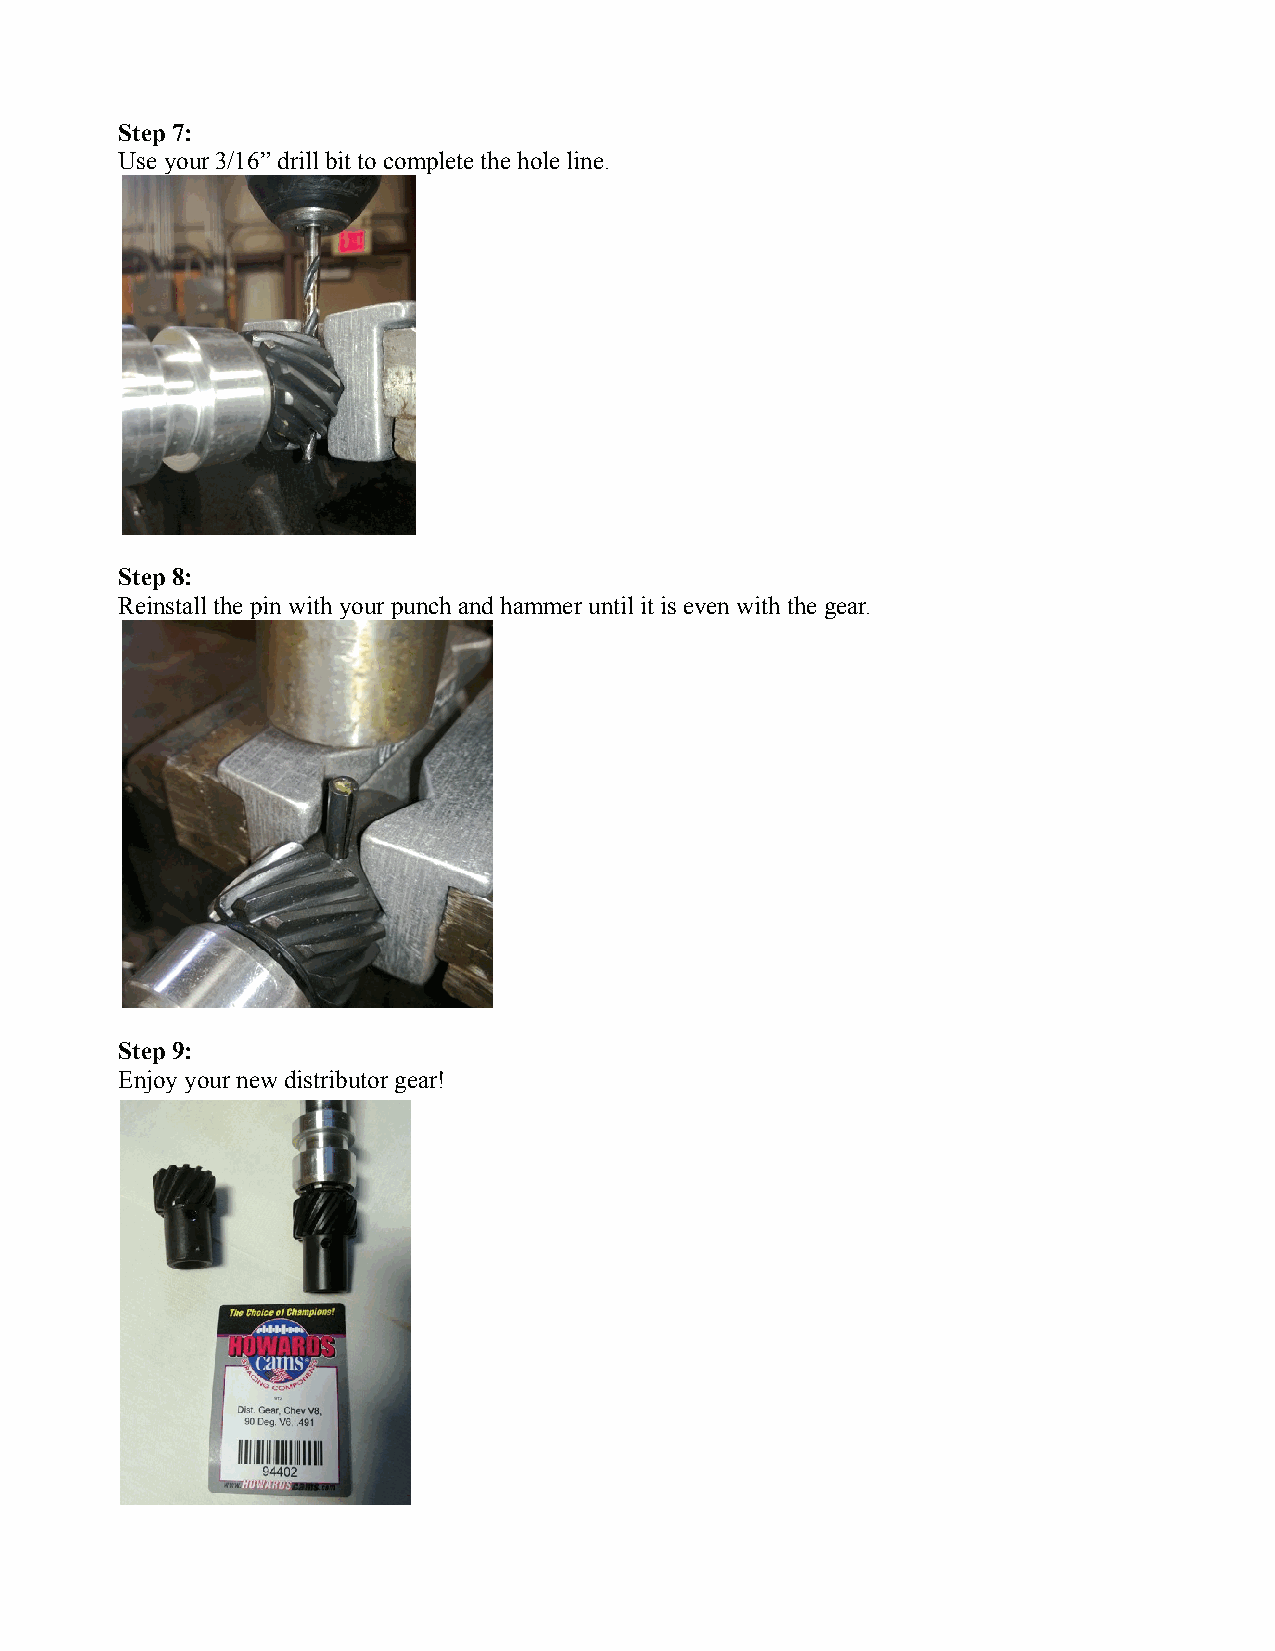
Step 7:
 Use your 3/16” drill bit to complete the hole line.
 Step 8:
 Reinstall the pin with your punch and hammer until it is even with the gear.
 Step 9:
 Enjoy your new distributor gear!